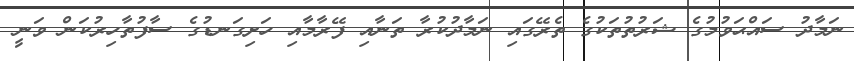
ނަމާދު ސައްޙަވުމުގެ ޝަރުތުތަކުގެ ތެރޭގައި ނަމާދުކުރާ ތަނާއި ފޭރާމާއި ހަށިގަނޑުގެ ސާފުތާހިރުކަން ވަނީ